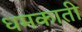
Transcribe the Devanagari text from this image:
धमकाती